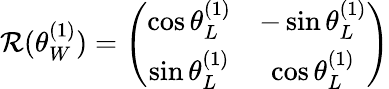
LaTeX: \mathcal{R}(\theta_{W}^{(1)})=\left(\begin{array}{cc}{{\cos\theta_{L}^{(1)}}}&{{-\sin\theta_{L}^{(1)}}}\\ {{\sin\theta_{L}^{(1)}}}&{{\cos\theta_{L}^{(1)}}}\end{array}\right)